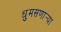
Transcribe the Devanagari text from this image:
धुमसणार्‍या